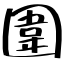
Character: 圍